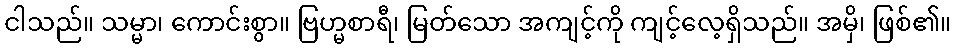
ငါသည်။ သမ္မာ၊ ကောင်းစွာ။ ဗြဟ္မစာရီ၊ မြတ်သော အကျင့်ကို ကျင့်လေ့ရှိသည်။ အမှိ၊ ဖြစ်၏။